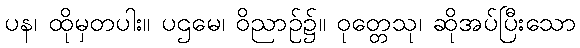
ပန၊ ထိုမှတပါး။ ပဌမေ၊ ဝိညာဉ်၌။ ဝုတ္တေသု၊ ဆိုအပ်ပြီးသော